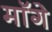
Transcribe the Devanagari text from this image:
माॅगे